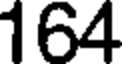
164